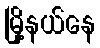
မြို့နယ်နေ